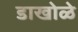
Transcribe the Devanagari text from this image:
डाखोळे